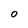
Character: 0